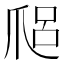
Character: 𤔑